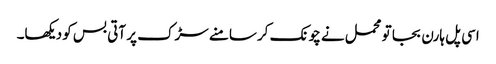
اسی پل ہارن بجا تو محمل نے چونک کر سامنے سڑک پر آتی بس کو دیکھا۔